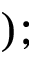
) ;